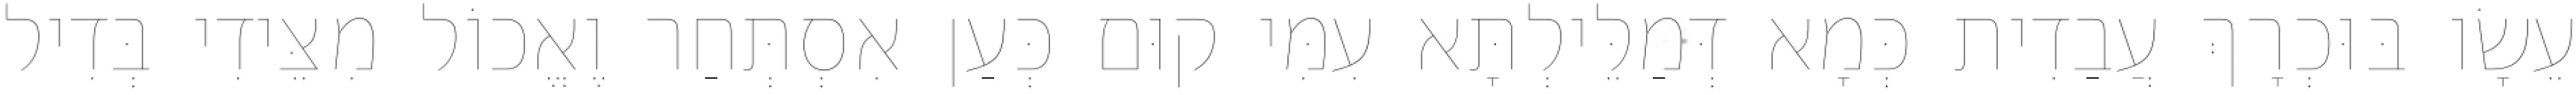
עֵשָׂו בּוּכְרָךְ עֲבַדִית כְּמָא דְּמַלֵּילְתָּא עִמִּי קוּם כְּעַן אִסְתְּחַר וֶאֱכוֹל מִצֵּידִי בְּדִיל